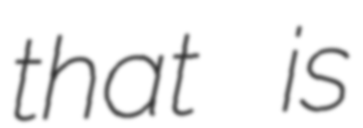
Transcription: that is